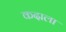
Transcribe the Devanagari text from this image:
कदाला